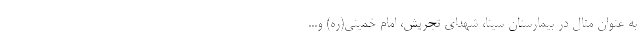
به عنوان مثال در بیمارستان سینا، شهدای تجریش، امام خمینی(ره) و...